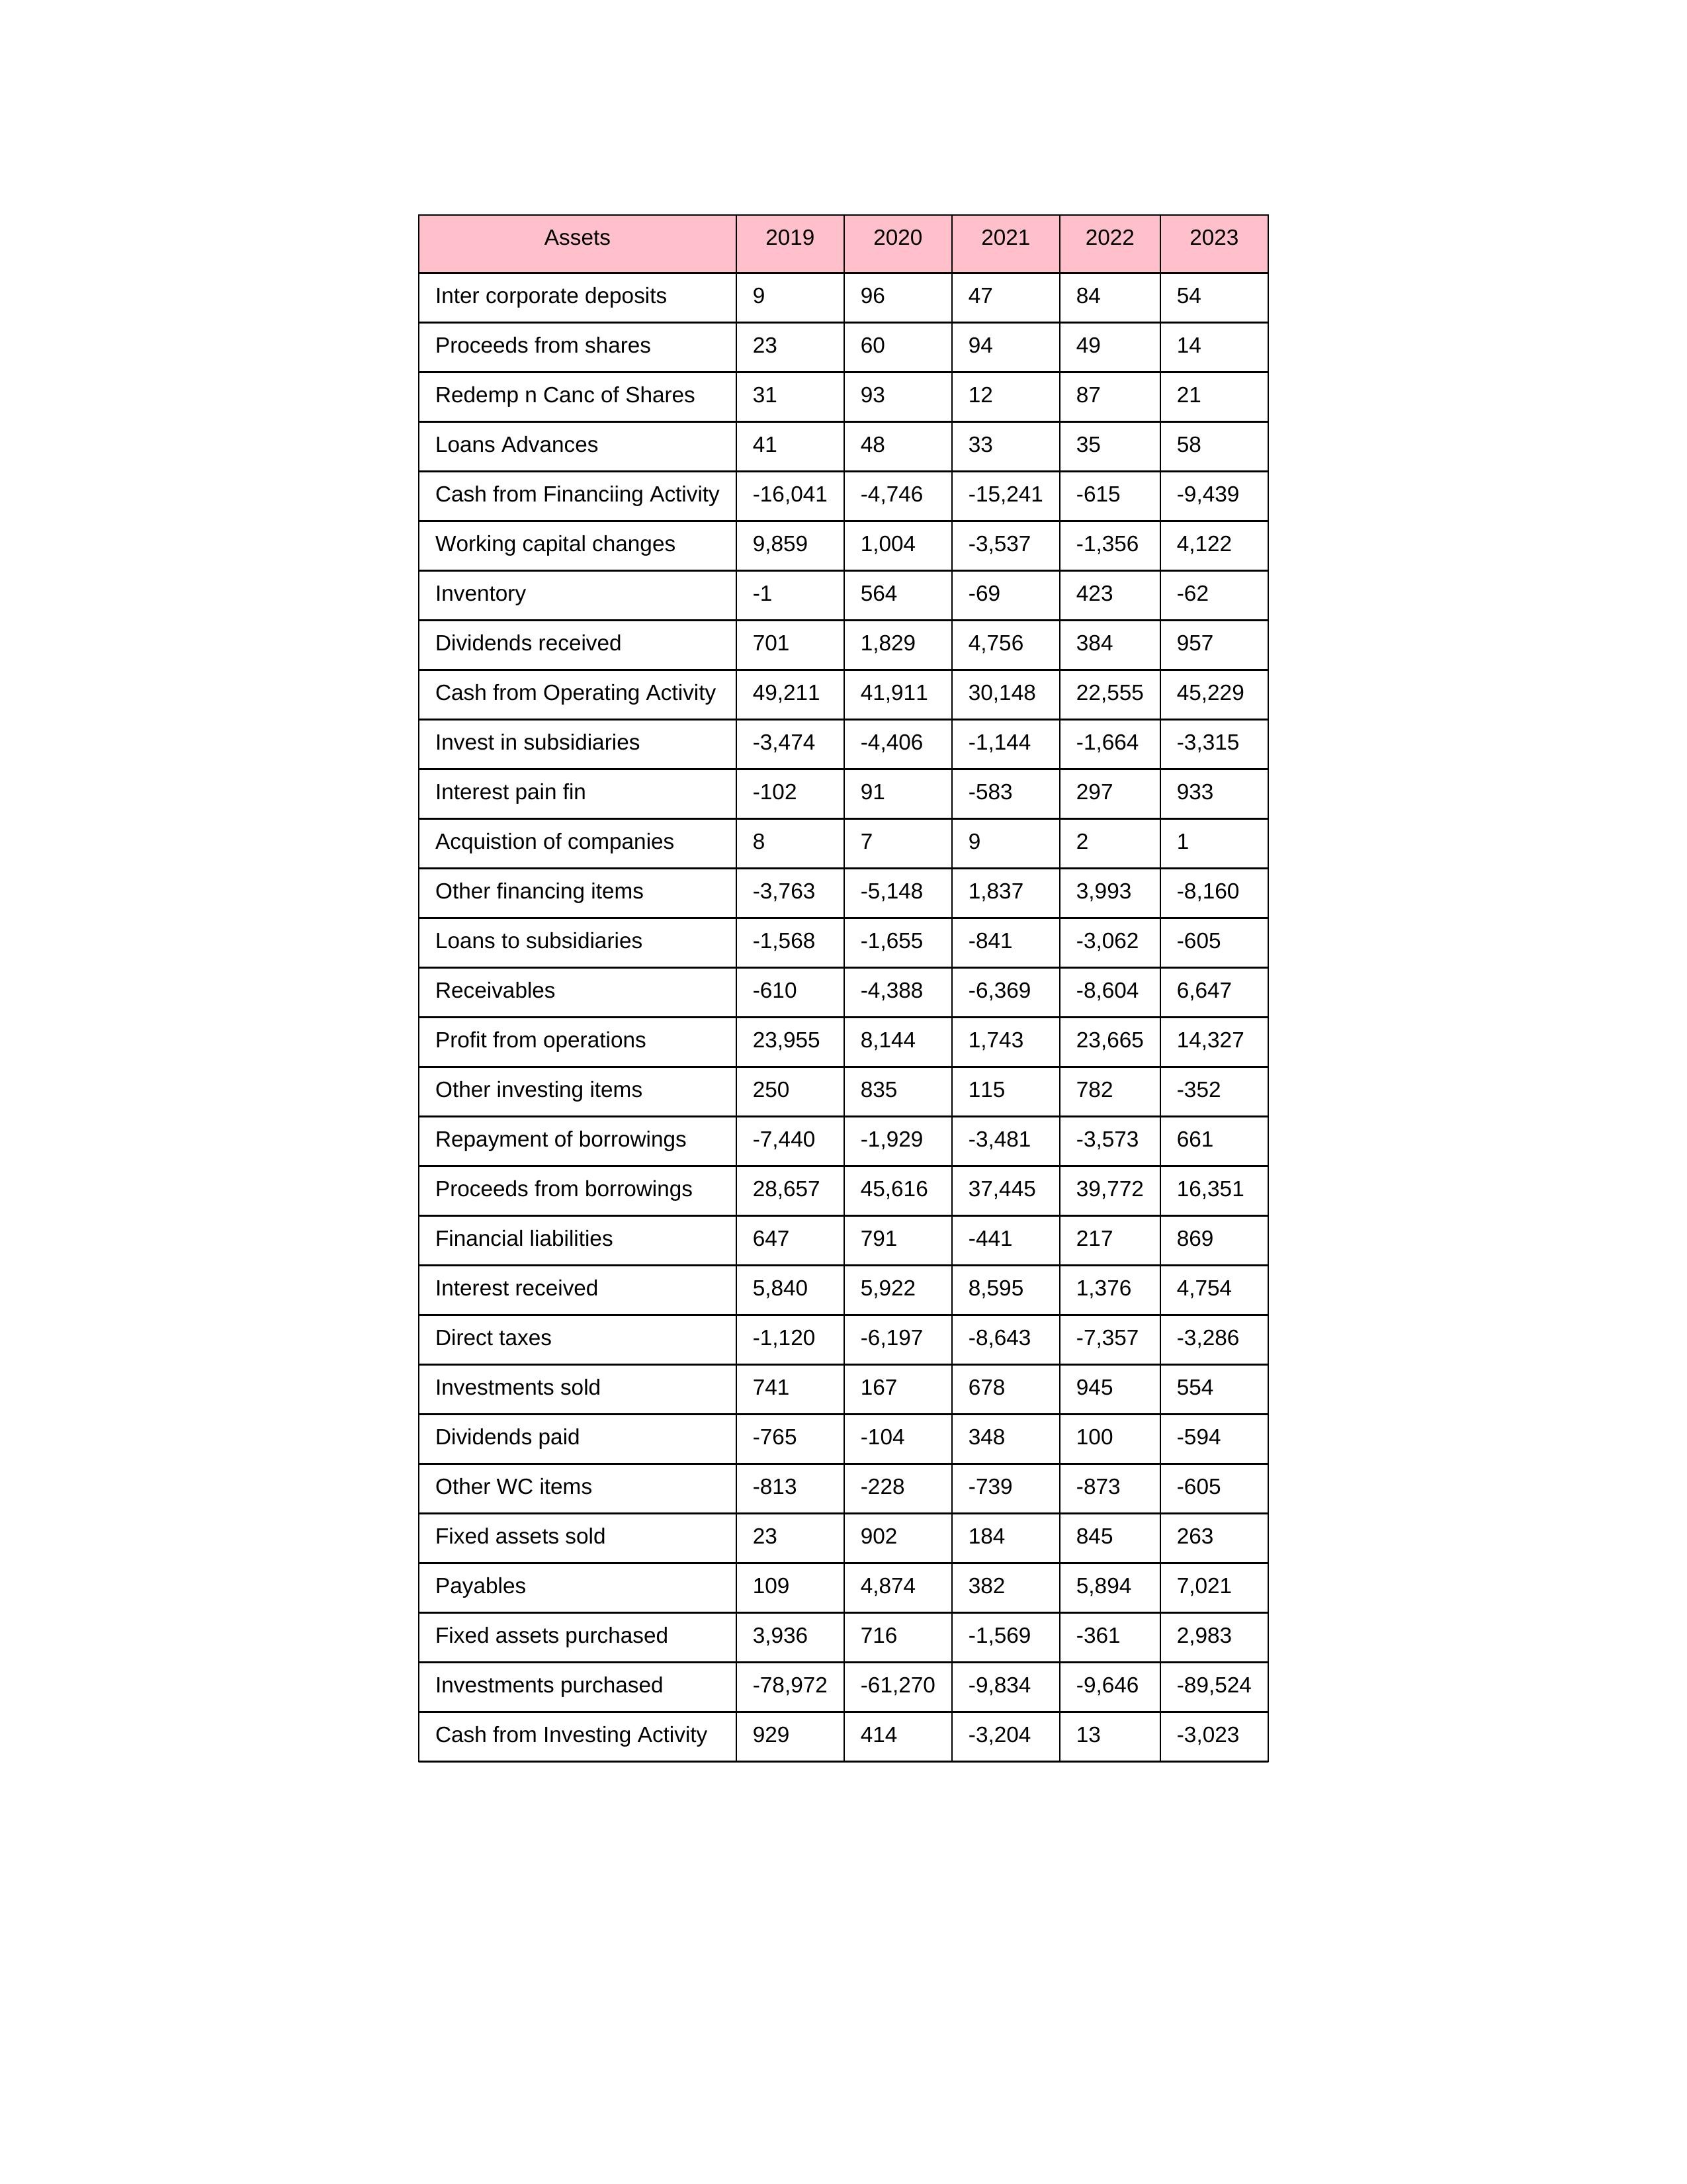
gt_parse: 2019: Cash from Operating Activity: 49,211
Profit from operations: 23,955
Receivables: -610
Inventory: -1
Payables: 109
Loans Advances: 41
Other WC items: -813
Working capital changes: 9,859
Direct taxes: -1,120
Cash from Investing Activity: 929
Fixed assets purchased: 3,936
Fixed assets sold: 23
Investments purchased: -78,972
Investments sold: 741
Interest received: 5,840
Dividends received: 701
Invest in subsidiaries: -3,474
Loans to subsidiaries: -1,568
Redemp n Canc of Shares: 31
Acquistion of companies: 8
Inter corporate deposits: 9
Other investing items: 250
Cash from Financiing Activity: -16,041
Proceeds from shares: 23
Proceeds from borrowings: 28,657
Repayment of borrowings: -7,440
Interest pain fin: -102
Dividends paid: -765
Financial liabilities: 647
Other financing items: -3,763
2020: Cash from Operating Activity: 41,911
Profit from operations: 8,144
Receivables: -4,388
Inventory: 564
Payables: 4,874
Loans Advances: 48
Other WC items: -228
Working capital changes: 1,004
Direct taxes: -6,197
Cash from Investing Activity: 414
Fixed assets purchased: 716
Fixed assets sold: 902
Investments purchased: -61,270
Investments sold: 167
Interest received: 5,922
Dividends received: 1,829
Invest in subsidiaries: -4,406
Loans to subsidiaries: -1,655
Redemp n Canc of Shares: 93
Acquistion of companies: 7
Inter corporate deposits: 96
Other investing items: 835
Cash from Financiing Activity: -4,746
Proceeds from shares: 60
Proceeds from borrowings: 45,616
Repayment of borrowings: -1,929
Interest pain fin: 91
Dividends paid: -104
Financial liabilities: 791
Other financing items: -5,148
2021: Cash from Operating Activity: 30,148
Profit from operations: 1,743
Receivables: -6,369
Inventory: -69
Payables: 382
Loans Advances: 33
Other WC items: -739
Working capital changes: -3,537
Direct taxes: -8,643
Cash from Investing Activity: -3,204
Fixed assets purchased: -1,569
Fixed assets sold: 184
Investments purchased: -9,834
Investments sold: 678
Interest received: 8,595
Dividends received: 4,756
Invest in subsidiaries: -1,144
Loans to subsidiaries: -841
Redemp n Canc of Shares: 12
Acquistion of companies: 9
Inter corporate deposits: 47
Other investing items: 115
Cash from Financiing Activity: -15,241
Proceeds from shares: 94
Proceeds from borrowings: 37,445
Repayment of borrowings: -3,481
Interest pain fin: -583
Dividends paid: 348
Financial liabilities: -441
Other financing items: 1,837
2022: Cash from Operating Activity: 22,555
Profit from operations: 23,665
Receivables: -8,604
Inventory: 423
Payables: 5,894
Loans Advances: 35
Other WC items: -873
Working capital changes: -1,356
Direct taxes: -7,357
Cash from Investing Activity: 13
Fixed assets purchased: -361
Fixed assets sold: 845
Investments purchased: -9,646
Investments sold: 945
Interest received: 1,376
Dividends received: 384
Invest in subsidiaries: -1,664
Loans to subsidiaries: -3,062
Redemp n Canc of Shares: 87
Acquistion of companies: 2
Inter corporate deposits: 84
Other investing items: 782
Cash from Financiing Activity: -615
Proceeds from shares: 49
Proceeds from borrowings: 39,772
Repayment of borrowings: -3,573
Interest pain fin: 297
Dividends paid: 100
Financial liabilities: 217
Other financing items: 3,993
2023: Cash from Operating Activity: 45,229
Profit from operations: 14,327
Receivables: 6,647
Inventory: -62
Payables: 7,021
Loans Advances: 58
Other WC items: -605
Working capital changes: 4,122
Direct taxes: -3,286
Cash from Investing Activity: -3,023
Fixed assets purchased: 2,983
Fixed assets sold: 263
Investments purchased: -89,524
Investments sold: 554
Interest received: 4,754
Dividends received: 957
Invest in subsidiaries: -3,315
Loans to subsidiaries: -605
Redemp n Canc of Shares: 21
Acquistion of companies: 1
Inter corporate deposits: 54
Other investing items: -352
Cash from Financiing Activity: -9,439
Proceeds from shares: 14
Proceeds from borrowings: 16,351
Repayment of borrowings: 661
Interest pain fin: 933
Dividends paid: -594
Financial liabilities: 869
Other financing items: -8,160